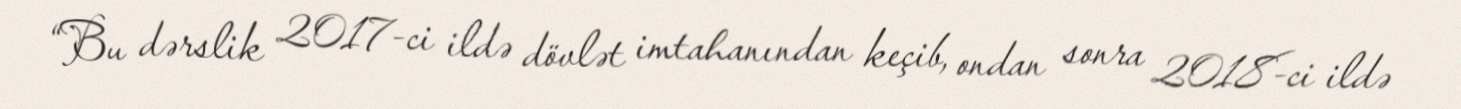
“Bu dərslik 2017-ci ildə dövlət imtahanından keçib, ondan sonra 2018-ci ildə